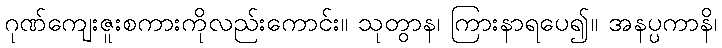
ဂုဏ်ကျေးဇူးစကားကိုလည်းကောင်း။ သုတွာန၊ ကြားနာရပေ၍။ အနပ္ပကာနိ၊